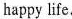
happy life.